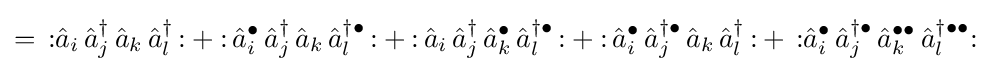
=\,{\mathopen {:}}{\hat {a}}_{i}\,{\hat {a}}_{j}^{\dagger }\,{\hat {a}}_{k}\,{\hat {a}}_{l}^{\dagger }\,{\mathclose {:}}+{\mathopen {:}}\,{\hat {a}}_{i}^{\bullet }\,{\hat {a}}_{j}^{\dagger }\,{\hat {a}}_{k}\,{\hat {a}}_{l}^{\dagger \bullet }\,{\mathclose {:}}+{\mathopen {:}}\,{\hat {a}}_{i}\,{\hat {a}}_{j}^{\dagger }\,{\hat {a}}_{k}^{\bullet }\,{\hat {a}}_{l}^{\dagger \bullet }\,{\mathclose {:}}+{\mathopen {:}}\,{\hat {a}}_{i}^{\bullet }\,{\hat {a}}_{j}^{\dagger \bullet }\,{\hat {a}}_{k}\,{\hat {a}}_{l}^{\dagger }\,{\mathclose {:}}+\,{\mathopen {:}}{\hat {a}}_{i}^{\bullet }\,{\hat {a}}_{j}^{\dagger \bullet }\,{\hat {a}}_{k}^{\bullet \bullet }\,{\hat {a}}_{l}^{\dagger \bullet \bullet }{\mathclose {:}}